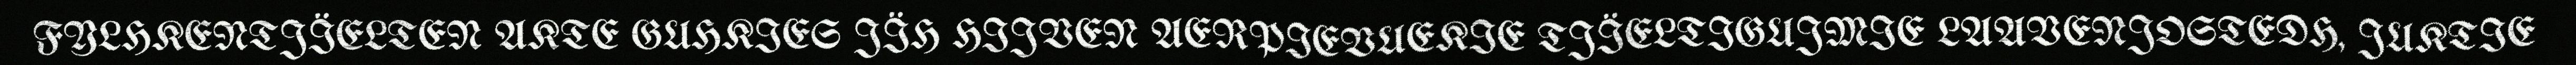
FYLHKENTJÏELTEN AKTE GUHKIES JÏH HIJVEN AERPIEVUEKIE TJÏELTIGUJMIE LAAVENJOSTEDH, JUKTIE